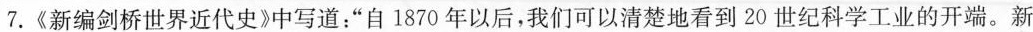
7.《新编剑桥世界近代史》中写道：”自1870年以后，我们可以清楚地看到20世纪科学工业的开端。新